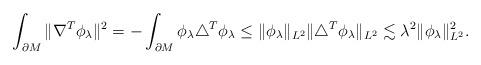
LaTeX: \begin{align*}\int_{\partial M}\|\nabla^T\phi_\lambda\|^2=-\int_{\partial M}\phi_\lambda\triangle^T\phi_\lambda\leq\|\phi_\lambda\|_{L^2}\|\triangle^T\phi_\lambda\|_{L^2}\lesssim\lambda^2\|\phi_\lambda\|_{L^2}^2.\end{align*}